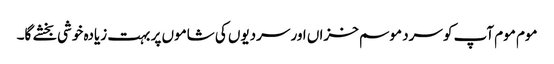
موم موم آپ کو سرد موسم خزاں اور سردیوں کی شاموں پر بہت زیادہ خوشی بخشے گا۔